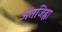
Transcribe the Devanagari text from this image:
अंतजिह्वा